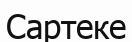
Сартеке